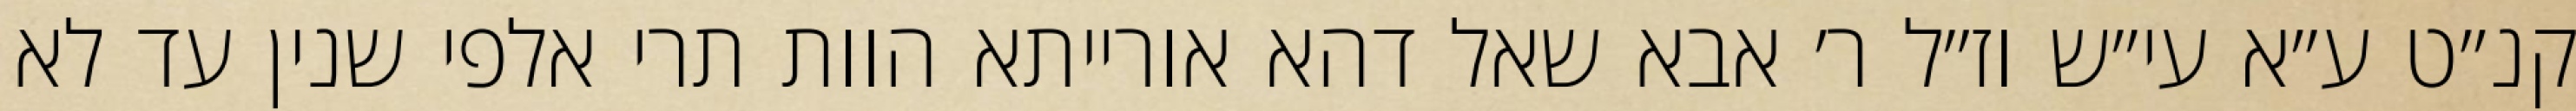
קנ״ט ע״א עי״ש וז״ל ר׳ אבא שאל דהא אורייתא הוות תרי אלפי שנין עד לא